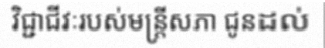
វិជ្ជាជីវៈរបស់មន្ត្រីសភា ជូនដល់